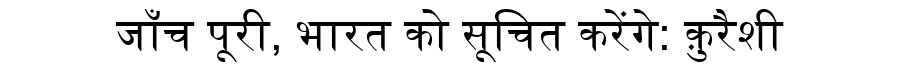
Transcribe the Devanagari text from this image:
जाँच पूरी, भारत को सूचित करेंगे: क़ुरैशी